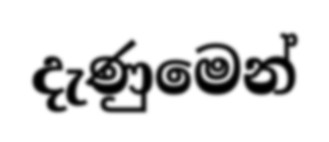
දැණුමෙන්